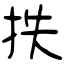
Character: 抶